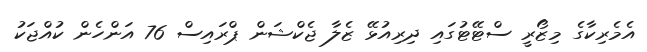
އެމެރިކާގެ މިޒޯރީ ސްޓޭޓުގައި ދިރިއުޅޭ ޒެލާ ޖެކްޝަން ޕްރައިސް 76 އަންހެން ކުއްޖަކު